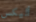
أليكس